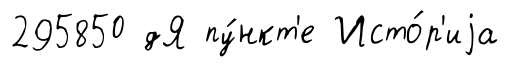
295850 дЯ пу́нкт'е Исто́р'иjа